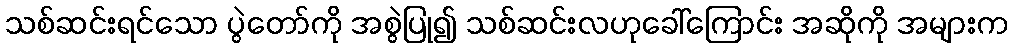
သစ်ဆင်းရင်သော ပွဲတော်ကို အစွဲပြု၍ သစ်ဆင်းလဟုခေါ်ကြောင်း အဆိုကို အများက